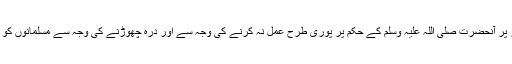
تقریباً فتح ہو گئی تھی لیکن آخر پر آنحضرت صلی اللہ علیہ وسلم کے حکم پر پوری طرح عمل نہ کرنے کی وجہ سے اور درّہ چھوڑنے کی وجہ سے مسلمانوں کو بڑے نقصان کا سامنا کرنا پڑا۔